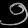
Digit: ၅